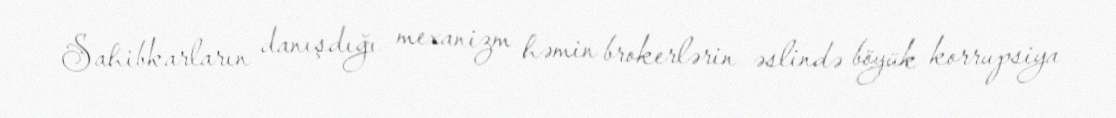
Sahibkarların danışdığı mexanizm həmin brokerlərin əslində böyük korrupsiya